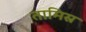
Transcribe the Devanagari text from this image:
तामिस्र